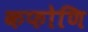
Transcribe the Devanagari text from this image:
कफोणि